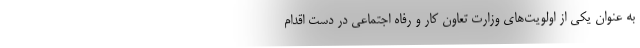
به عنوان یکی از اولویت‌های وزارت تعاون کار و رفاه اجتماعی در دست اقدام